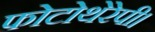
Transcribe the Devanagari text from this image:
फोटोथेरेपी।